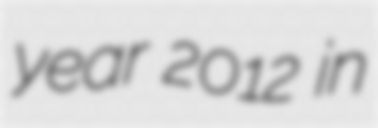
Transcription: year 2012 in